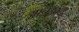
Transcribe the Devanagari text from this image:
आन्नदबन